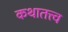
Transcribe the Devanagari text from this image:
कथातत्त्व